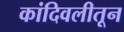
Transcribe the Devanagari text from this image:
कांदिवलीतून